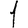
Digit: 1